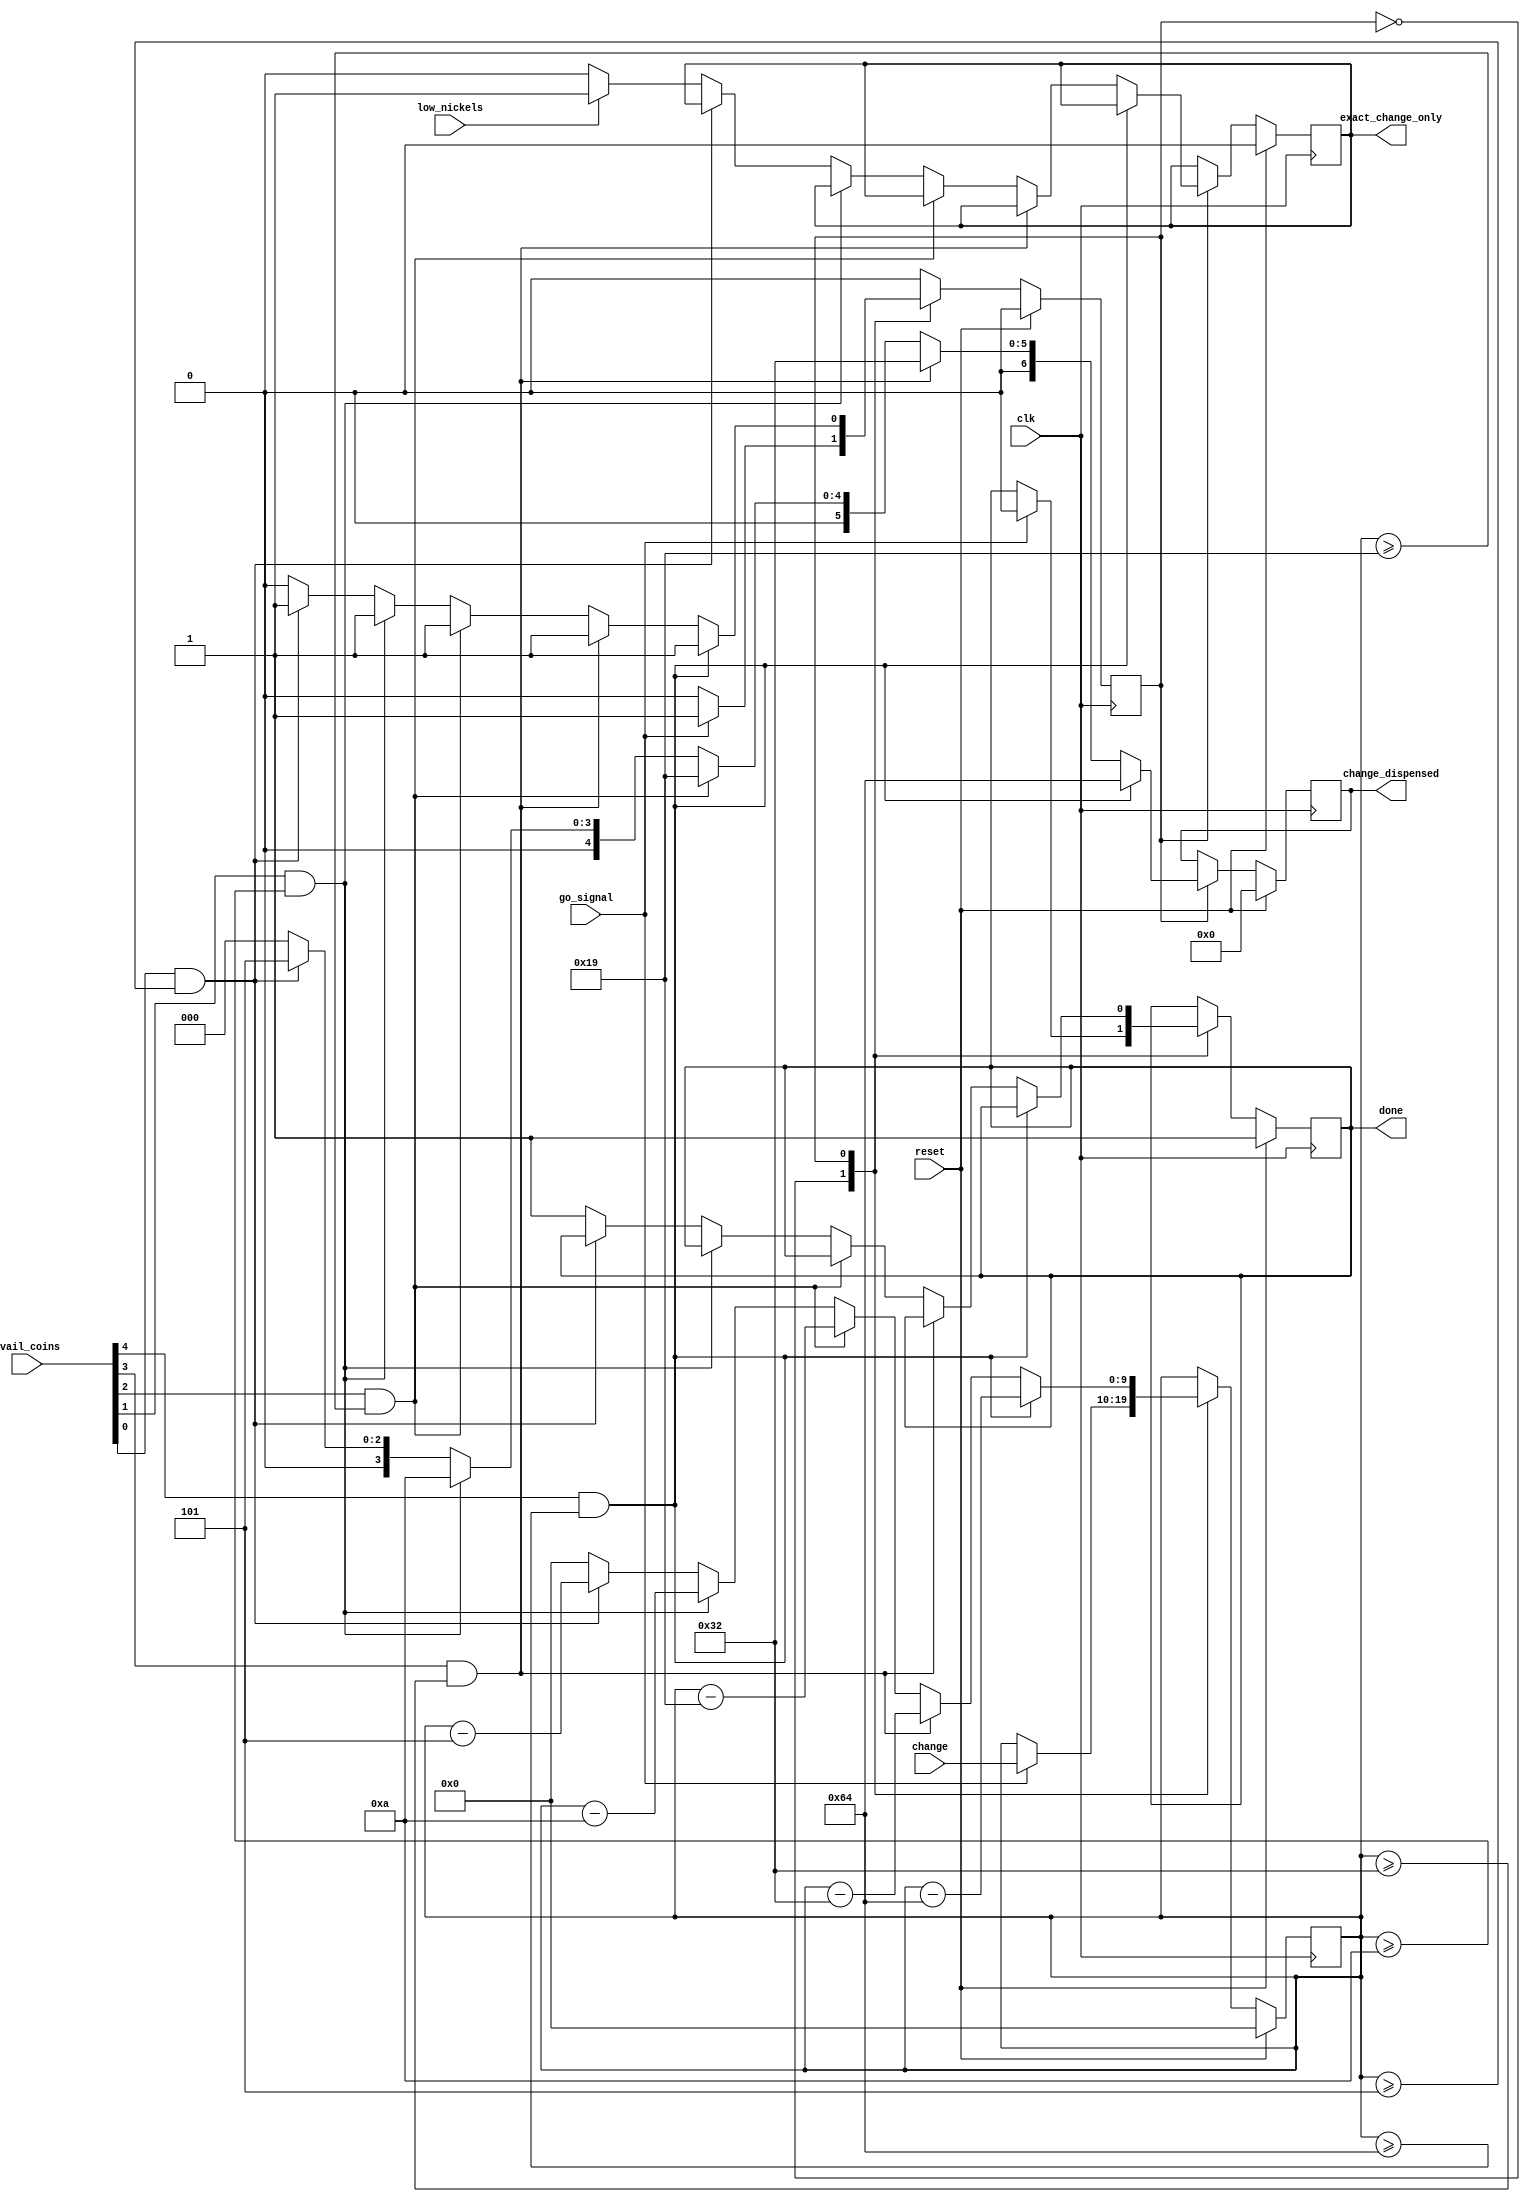
`timescale 1ns / 1ps
//////////////////////////////////////////////////////////////////////////////////
// Company: 
// Engineer: 
// 
// Design Name: 
// Module Name: change_dispenser
// Project Name: 
// Target Devices: 
// Tool Versions: 
// Description: 
// 
// Dependencies: 
// 
// Revision:
// Revision 0.01 - File Created
// Additional Comments:
// 
//////////////////////////////////////////////////////////////////////////////////


module change_dispenser(
    input clk,
    input reset,
    input [9:0] change,
    input [4:0] avail_coins,
    input low_nickels,
    input go_signal,
    output reg done,
    output reg [6:0] change_dispensed,
    output reg exact_change_only
    );
    
    reg dispenser_state;
    reg [9:0] current_change;
    
    
    always@(posedge clk) begin
        if(reset) begin
            done <= 1;
            dispenser_state <= 0;
            current_change <= 0;
            exact_change_only <= 0;
            change_dispensed <= 0;
        end
        else begin
            case(dispenser_state)
                0:  if(go_signal) begin
                        dispenser_state <= 1;
                        done <= 0;
                        current_change <= change;
                    end
                1:  if(avail_coins[4] && (current_change >= 10'd100)) begin
                        change_dispensed <= 100;
                        current_change <= (current_change - 100);
                    end
                    else if(avail_coins[3] && (current_change >= 10'd50)) begin
                        change_dispensed <= 50;
                        current_change <= (current_change - 50);
                    end
                    else if(avail_coins[2] && (current_change >= 10'd25)) begin
                        change_dispensed <= 25;
                        current_change <= (current_change - 25);
                    end
                    else if(avail_coins[1] && (current_change >= 10'd10)) begin
                        change_dispensed <= 10;
                        current_change <= (current_change - 10);
                    end
                    else if(avail_coins[0] && (current_change >= 10'd5)) begin
                        change_dispensed <= 5;
                        current_change <= (current_change - 5);
                    end
                    else begin
                        if(low_nickels)
                            exact_change_only <= 1;
                        else
                            exact_change_only <= 0;   
                        change_dispensed <= 0;
                        current_change <= 0;
                        dispenser_state <= 0;
                        done <= 1;
                    end
            endcase
        end
    end
endmodule